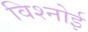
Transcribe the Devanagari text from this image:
विश्‍नोई